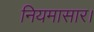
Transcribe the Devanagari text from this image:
नियमासार।